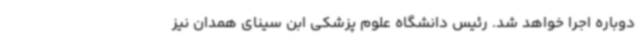
دوباره اجرا خواهد شد. رئیس دانشگاه علوم پزشکی ابن سینای همدان نیز